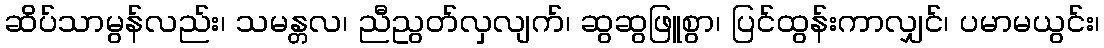
ဆိပ်သာမွန်လည်း၊ သမန္တလ၊ ညီညွတ်လှလျက်၊ ဆွဆွဖြူစွာ၊ ပြင်ထွန်းကာလျှင်၊ ပမာမယွင်း၊